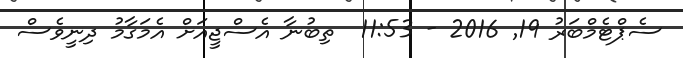
ސެޕްޓެމްބަރު 19